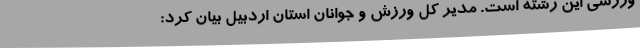
ورزشی این رشته است. مدیر کل ورزش و جوانان استان اردبیل بیان کرد: